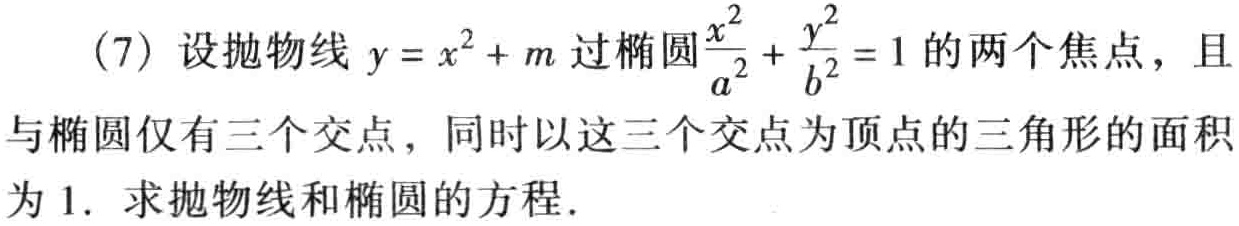
(7) 设抛物线 \(y = x^{2}+m\) 过椭圆\(\frac{x^{2}}{a^{2}}+\frac{y^{2}}{b^{2}} = 1\) 的两个焦点，且与椭圆仅有三个交点，同时以这三个交点为顶点的三角形的面积为 \(1\). 求抛物线和椭圆的方程.